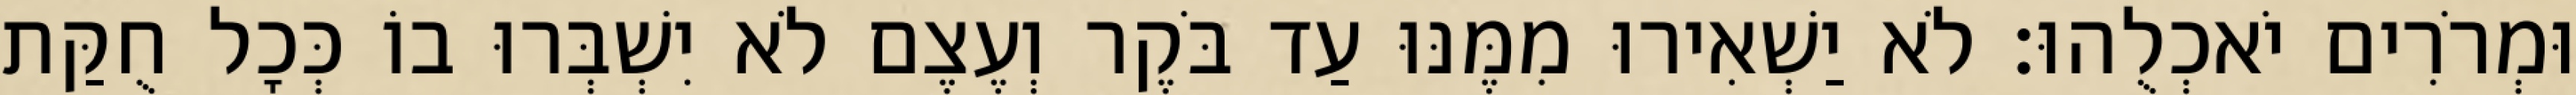
וּמְרֹרִים יֹאכְלֻהוּ׃ לֹא יַשְׁאִירוּ מִמֶּנּוּ עַד בֹּקֶר וְעֶצֶם לֹא יִשְׁבְּרוּ בוֹ כְּכָל חֻקַּת